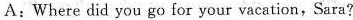
A:Where did you go for your vacation,Sara?